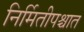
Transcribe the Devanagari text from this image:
निर्मितीपश्चात